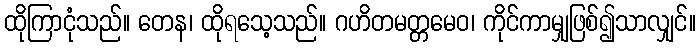
ထိုကြာငုံသည်။ တေန၊ ထိုရသေ့သည်။ ဂဟိတမတ္တမေဝ၊ ကိုင်ကာမျှဖြစ်၍သာလျှင်။